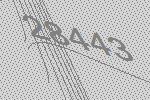
28443